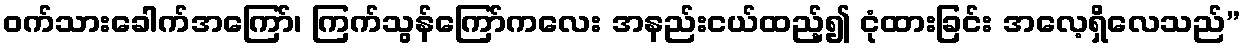
ဝက်သားခေါက်အကြော်၊ ကြက်သွန်ကြော်ကလေး အနည်းငယ်ထည့်၍ ငုံထားခြင်း အလေ့ရှိလေသည်”